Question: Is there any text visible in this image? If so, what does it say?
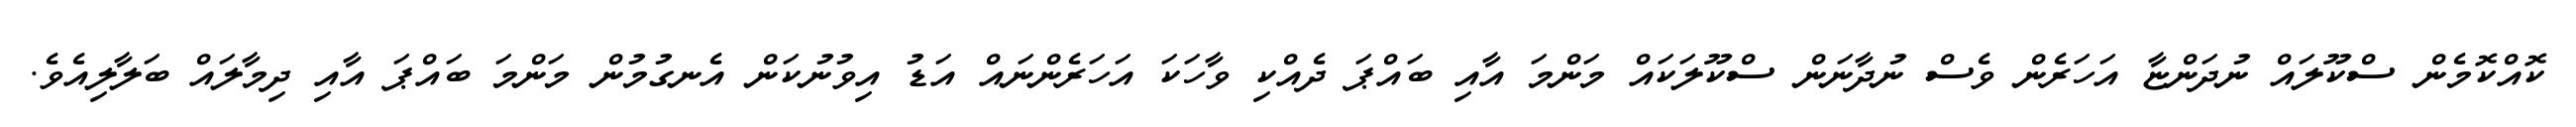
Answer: ކޮއްކޮމެން ސްކޫލައް ނުދަންޏާ އަހަރެން ވެސް ނުދާނަން ސްކޫލަކައް މަންމަ އާއި ބައްޕަ ދެއްކި ވާހަކަ އަހަރެންނައް އަޑު އިވުނުކަން އެނގުމުން މަންމަ ބައްޕަ އާއި ދިމާލައް ބަލާލިއެވެ.